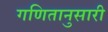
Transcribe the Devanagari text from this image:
गणितानुसारी